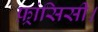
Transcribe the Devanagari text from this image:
फ़्रांसिसी।